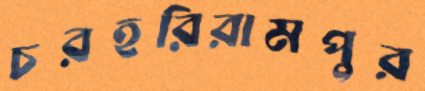
চরহরিরামপুর